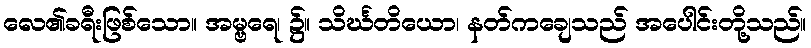
လေ၏ခရီးဖြစ်သော။ အမ္ဗရေ၊ ၌။ သိင်္ဃတိယော၊ နတ်ကချေသည် အပေါင်းတို့သည်။